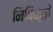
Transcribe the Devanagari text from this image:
निषिक्तो